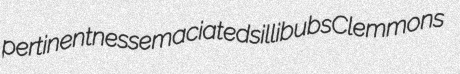
pertinentness emaciated sillibubs Clemmons